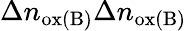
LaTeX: \Delta n_{\mathrm{ox(B)}}\Delta n_{\mathrm{ox(B)}}